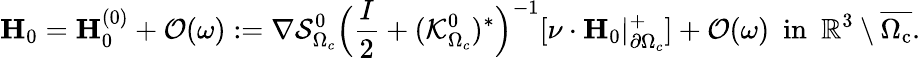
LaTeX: \mathbf{H}_{0}=\mathbf{H}_{0}^{(0)}+\mathcal{O}(\omega):=\nabla\mathcal{S}_{\Omega_{c}}^{0}\Big(\frac{I}{2}+(\mathcal{K}_{\Omega_{c}}^{0})^{*}\Big)^{-1}[\nu\cdot\mathbf{H}_{0}|_{\partial\Omega_{c}}^{+}]+\mathcal{O}(\omega)\ \ \mathrm{{in}\ \ \mathbb{R}^{3}\setminus\overline{{\Omega_{c}}}.}